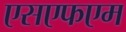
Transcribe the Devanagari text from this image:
एसएफएम